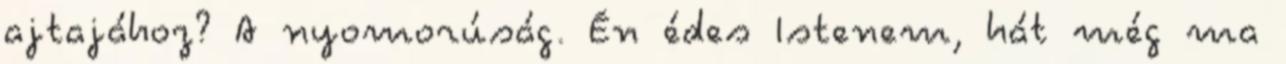
ajtajához? A nyomorúság. Én édes Istenem, hát még ma